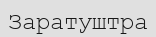
Заратуштра